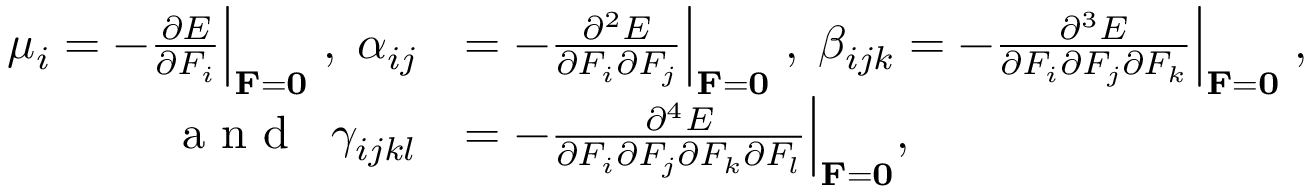
\begin{array} { r l } { \mu _ { i } = - \frac { \partial E } { \partial F _ { i } } \Big | _ { { \bf F } = { \bf 0 } } \; , \; \alpha _ { i j } } & { = - \frac { \partial ^ { 2 } E } { \partial F _ { i } \partial F _ { j } } \Big | _ { { \bf F } = { \bf 0 } } \; , \; \beta _ { i j k } = - \frac { \partial ^ { 3 } E } { \partial F _ { i } \partial F _ { j } \partial F _ { k } } \Big | _ { { \bf F } = { \bf 0 } } \; , } \\ { \; \textrm { a n d } \; \; \gamma _ { i j k l } } & { = - \frac { \partial ^ { 4 } E } { \partial F _ { i } \partial F _ { j } \partial F _ { k } \partial F _ { l } } \Big | _ { { \bf F } = { \bf 0 } } , } \end{array}